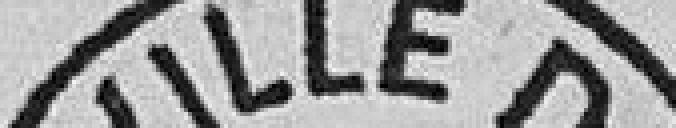
VILLE DE